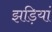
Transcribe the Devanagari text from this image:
झड़ियां